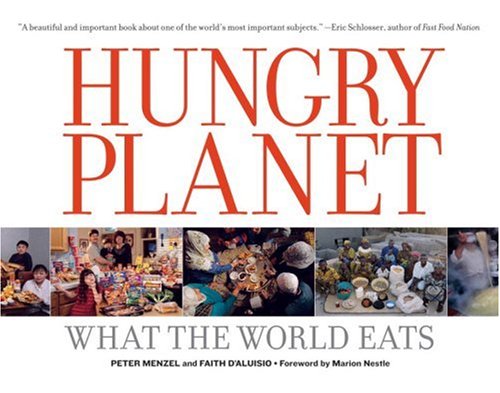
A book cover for Hungry Planet: What the World Eats; Peter Menzel; Cookbooks, Food & Wine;